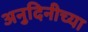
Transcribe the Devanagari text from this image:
अनुदिनीच्या